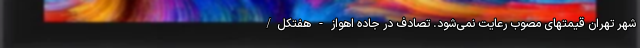
شهر تهران قیمتهای مصوب رعایت نمی‌شود. تصادف در جاده اهواز - هفتکل/